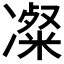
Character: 𫥚